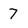
Character: 7